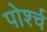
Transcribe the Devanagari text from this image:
पोर्श्च